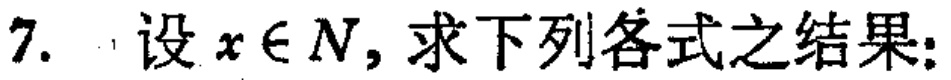
7. 设 \(x\in N\)，求下列各式之结果：